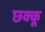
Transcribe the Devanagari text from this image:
छक्कू